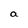
Character: a